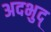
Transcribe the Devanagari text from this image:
अदभुद्